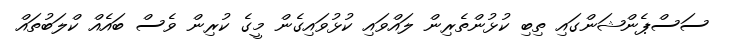
ސަސްޕެންޝަންގައި ތިބި ކުޅުންތެރިން ލައްވައި ކުޅުވައިގެން މީގެ ކުރިން ވެސް ބައެއް ކްލަބުތައް